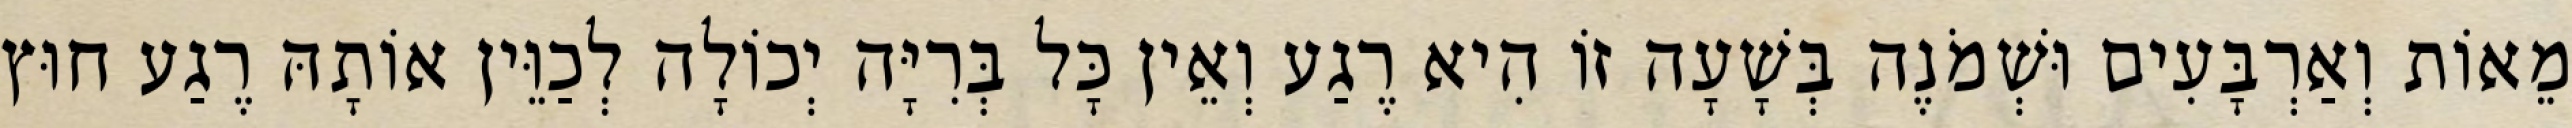
מֵאוֹת וְאַרְבָּעִים וּשְׁמֹנֶה בְּשָׁעָה זוֹ הִיא רֶגַע וְאֵין כָּל בְּרִיָּה יְכוֹלָה לְכַוֵּין אוֹתָהּ רֶגַע חוּץ